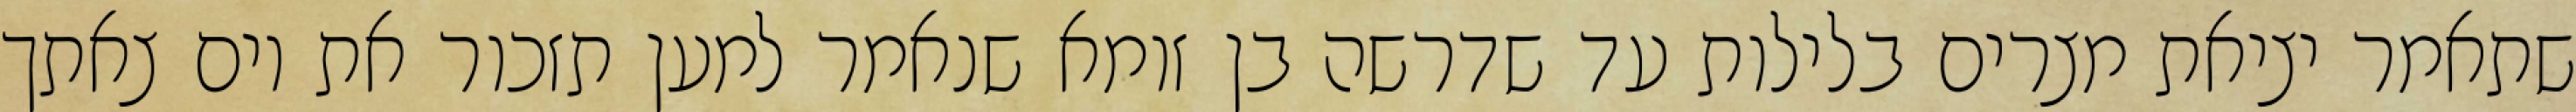
שתאמר יציאת מצרים בלילות עד שדרשה בן זומא שנאמר למען תזכור את יום צאתך